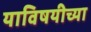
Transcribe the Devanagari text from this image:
याविषयीच्या